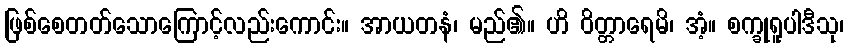
ဖြစ်စေတတ်သောကြောင့်လည်းကောင်း။ အာယတနံ၊ မည်၏။ ဟိ ဝိတ္တာရေမိ၊ အံ့။ စက္ခုရူပါဒီသု၊